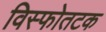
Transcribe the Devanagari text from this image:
विस्फोतटक